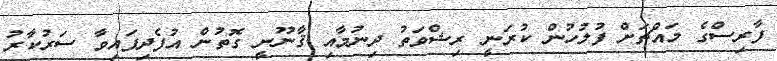
ފާރިސްގެ މައްޗަށް ފުލުހުން ކުރަނީ ރިޝްވަތު ދިނުމާއި ޤާނޫނީ ގޮތުން އުފެދިފައިވާ ސަރުކާރު